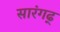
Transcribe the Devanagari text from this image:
सारंगढ्